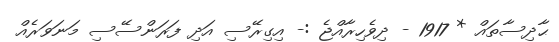
ޙާދިސާތައް * 1917 - ދިވެހިރާއްޖެ :- އިގިރޭސި އަދި ފަރަންސޭސި މަނަވަރެއް